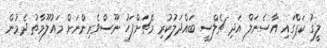
ލީގު ކަޕްގައި އާސެނަލް އަދި ޗެލްސީ ބައްދަލުކުރި މެޗަށްފަހު ނޫސްވެރިންނަށް މައުލޫމާތު ދެމުން